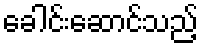
ခေါင်းဆောင်သည့်